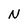
Character: N